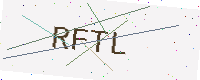
Text: RFTL